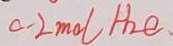
0 . 2 m o l H _ { 2 } e .